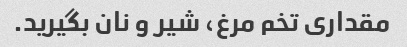
مقداری تخم مرغ، شیر و نان بگیرید.